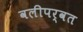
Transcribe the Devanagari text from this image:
वलीपर्वत